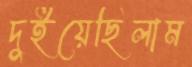
দুইয়েছিলাম